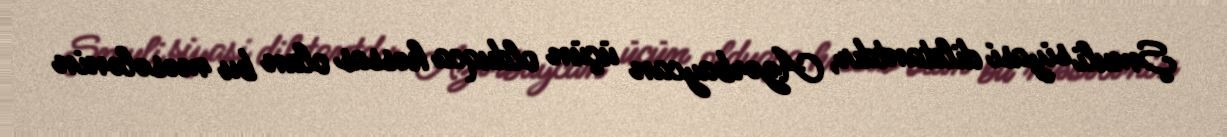
Şmuli siyasi diletantdır, Azərbaycan üçün olduqca həssas olan bu məsələnin